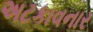
અટકાવનાર